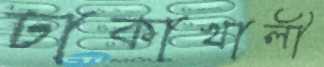
ঢাকাখালী